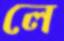
লে